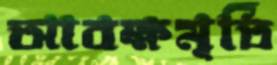
আবক্ষমূর্তি